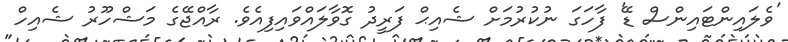
'ވެލައިންޓައިންސް ޑޭ' ފާހަގަ ނުކުރުމަށް ޝެއިޙް ފަރީދު ގޮވާލައްވައިފިއެވެ. ރާއްޖޭގެ މަޝްހޫރު ޝެއިހް